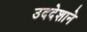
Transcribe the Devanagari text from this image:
उददेशाने